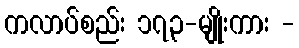
ကလာပ်စည်း ၁၇၃-မျိုးကား -